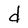
Character: d